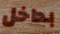
بداخل